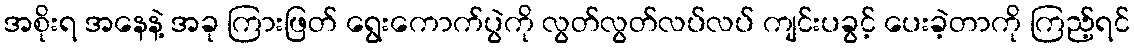
အစိုးရ အနေနဲ့ အခု ကြားဖြတ် ရွေးကောက်ပွဲကို လွတ်လွတ်လပ်လပ် ကျင်းပခွင့် ပေးခဲ့တာကို ကြည့်ရင်